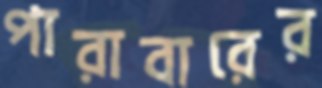
পারাবারের